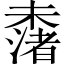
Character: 𣜾